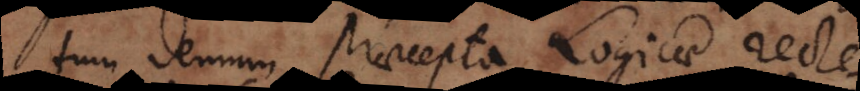
tum demum praecepta Logicae recte